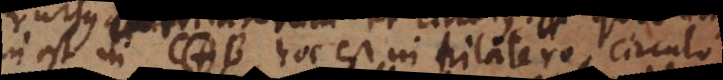
inest in C. B, hoc est in trilatero, circulo